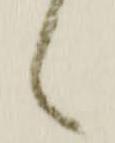
々